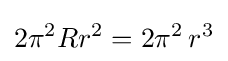
2\pi ^{2}Rr^{2}=2\pi ^{2}\,r^{3}